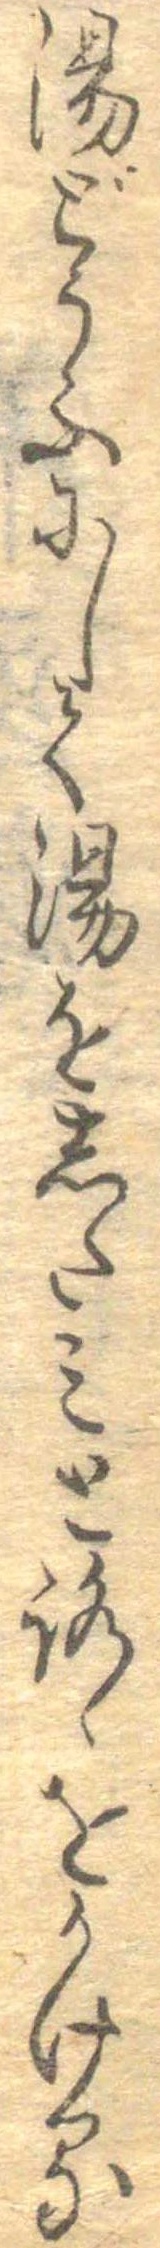
湯どうふにして湯をしたみとろゝをかける